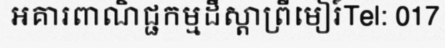
អគារពាណិជ្ជកម្មដឹស្តាព្រីមៀរ៍Tel: 017